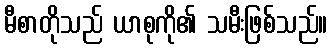
မီစာတိုသည် ယာစုကို၏ သမီးဖြစ်သည်။